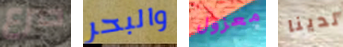
صرع والبحر معزول لدينا